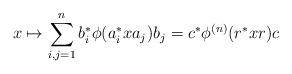
LaTeX: \begin{align*}x \mapsto \sum_{i,j=1}^n b_i^\ast \phi(a_i^\ast x a_j) b_j = c^\ast \phi^{(n)} (r^\ast x r) c\end{align*}